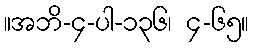
။အဘိ-၄-ပါ-၁၃၆၊ ၄-၆၅။